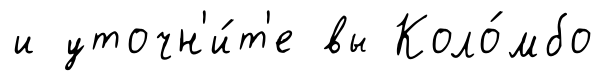
и уточн'и́т'е вы Коло́мбо